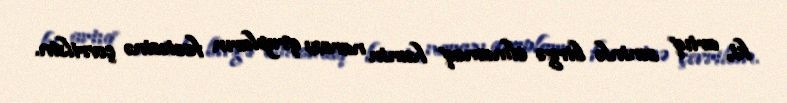
ki, artıq səninlə birgə olmamaq həmin narazı qrupların faciəsinə çevrilsin.